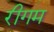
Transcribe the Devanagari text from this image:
रीगम